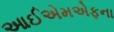
આઈએમએફના